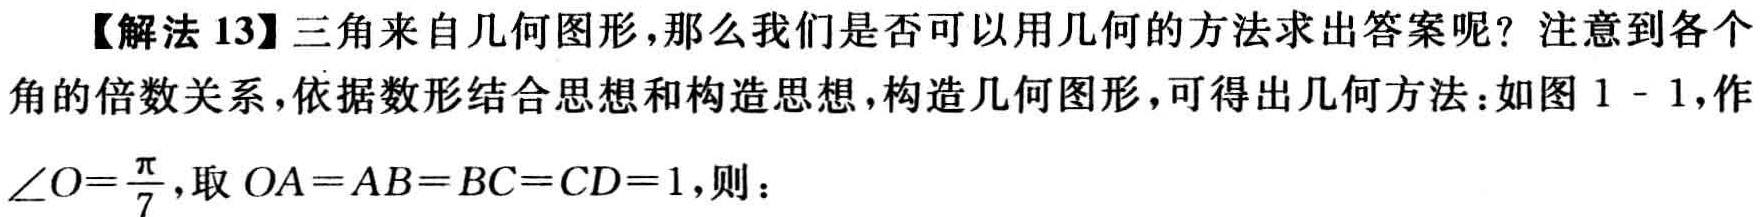
【解法 13】三角来自几何图形，那么我们是否可以用几何的方法求出答案呢？注意到各个角的倍数关系，依据数形结合思想和构造思想，构造几何图形，可得出几何方法：如图 1 - 1，作$\angle O=\frac{\pi}{7}$，取$OA = AB = BC = CD = 1$，则：